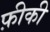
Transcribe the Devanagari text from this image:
फ़ीकी